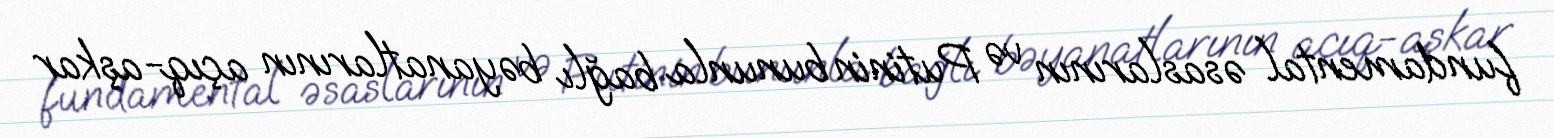
fundamental əsaslarının və Putinin bununla bağlı bəyanatlarının açıq-aşkar